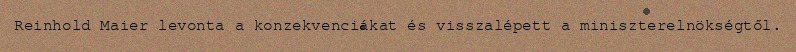
Reinhold Maier levonta a konzekvenciákat és visszalépett a miniszterelnökségtől.